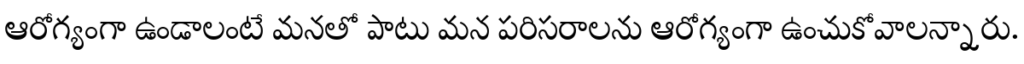
ఆరోగ్యంగా ఉండాలంటే మనతో పాటు మన పరిసరాలను ఆరోగ్యంగా ఉంచుకోవాలన్నారు.